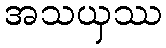
အသယှဿ